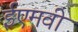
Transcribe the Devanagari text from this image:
ईएमवी